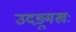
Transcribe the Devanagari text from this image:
उदङ्मुखः